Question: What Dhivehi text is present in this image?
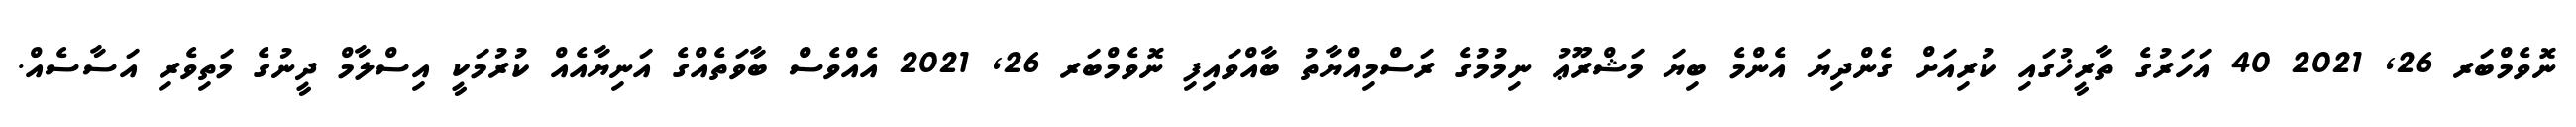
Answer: ނޮވެމްބަރ 26, 2021 40 އަހަރުގެ ތާރީޚުގައި ކުރިއަށް ގެންދިޔަ އެންމެ ބިޔަ މަޝްރޫޢު ނިމުމުގެ ރަސްމިއްޔާތު ބާއްވައިފި ނޮވެމްބަރ 26, 2021 އެއްވެސް ބާވަތެއްގެ އަނިޔާއެއް ކުރުމަކީ އިސްލާމް ދީނުގެ މަތިވެރި އަސާސެއް.